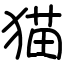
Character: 猫